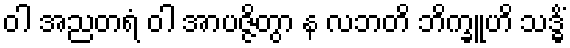
ဝါ အညတရံ ဝါ အာပဇ္ဇိတွာ န လဘတိ ဘိက္ခူဟိ သဒ္ဓိံ